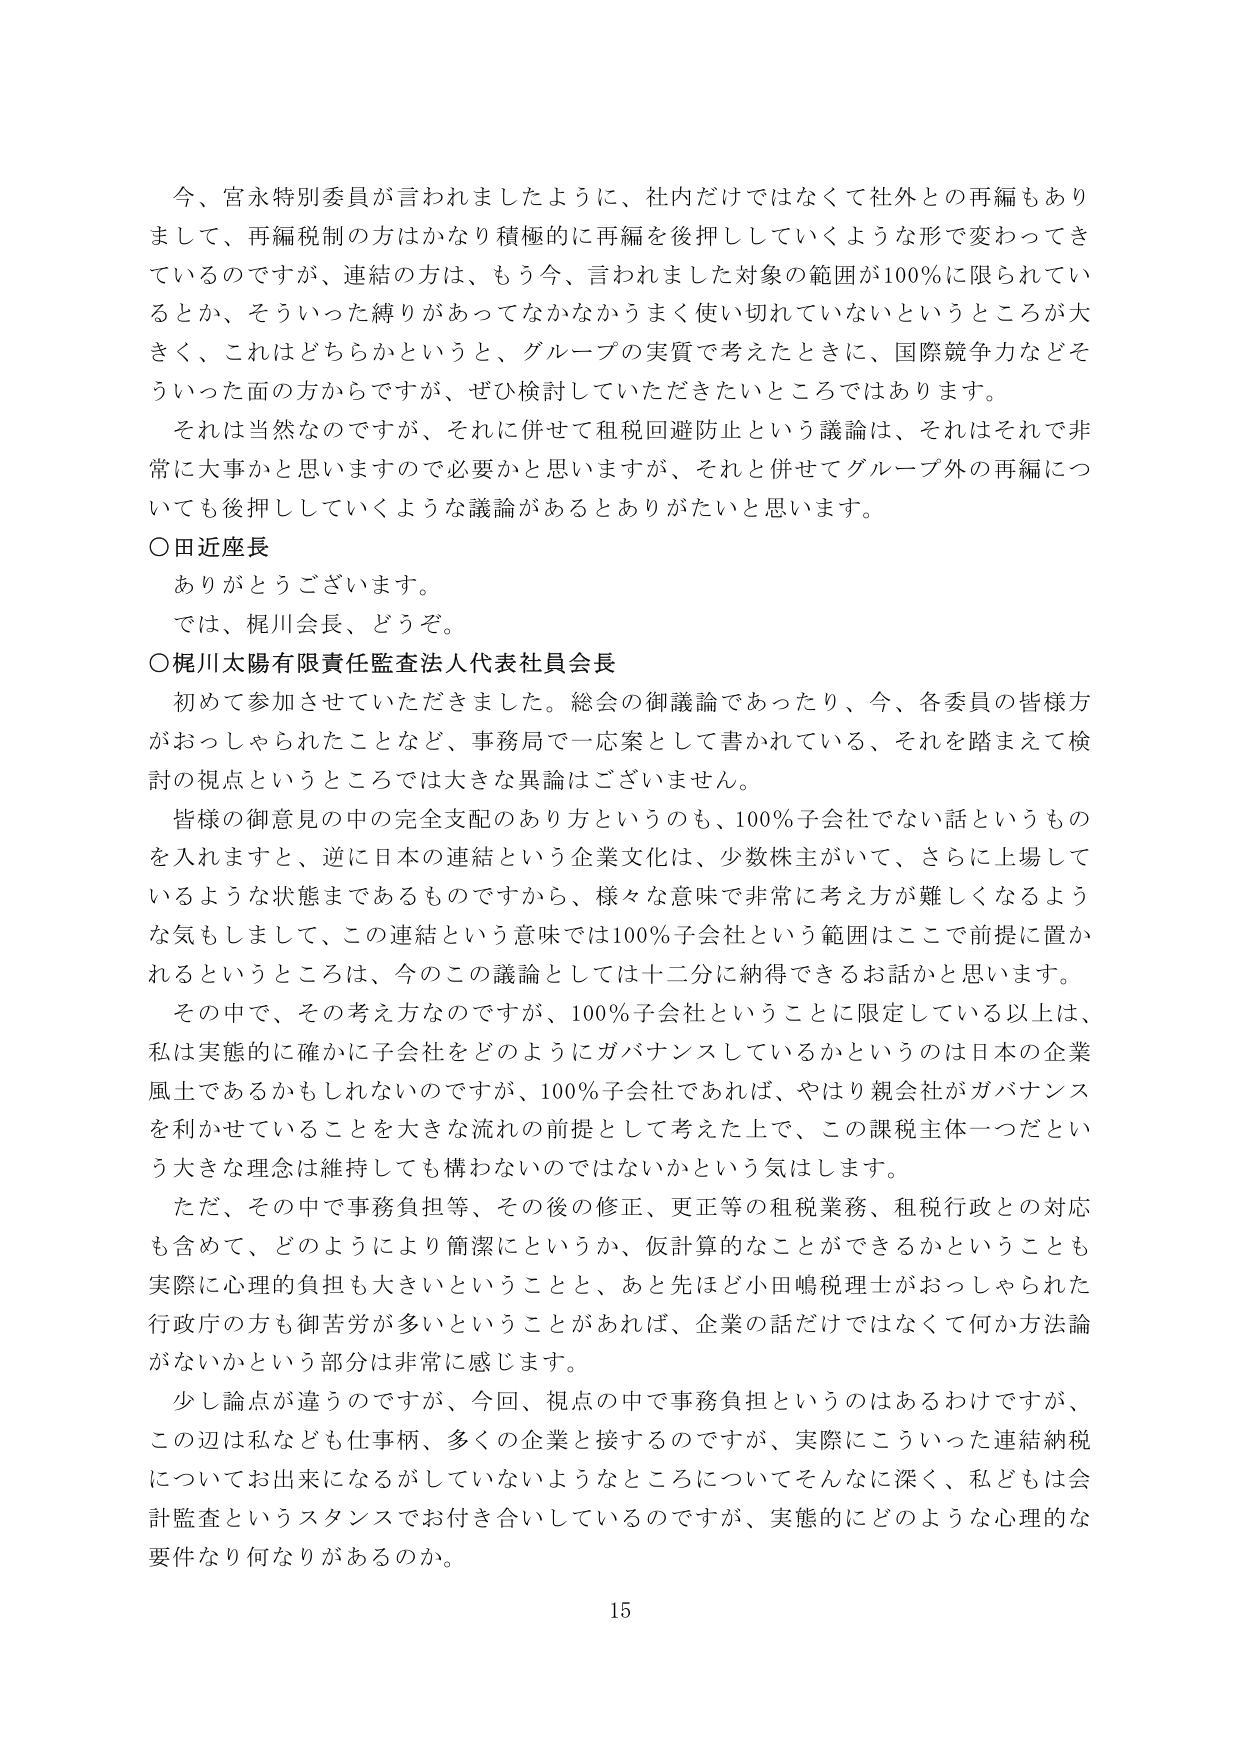
今、宮永特別委員が言われましたように、社内だけではなくて社外との再編もありまして、再編税制の方はかなり積極的に再編を後押ししていくような形で変わってきたのですが、連結の方は、もう今、言われました対象の範囲が100％に限られているとか、そういった縛りがあってなかなかうまく使い切れていないというところが大きく、これはどちらかというと、グループの実質で考えたときに、国際競争力などそういった面の方からですが、ぜひ検討していただきたいところではあります。

それは当然なのですが、それに併せて租税回避防止という議論は、それはそれで非常に大事かと思いますので必要かと思いますが、それと併せてグループ外の再編についても後押ししていくような議論があるとありがたいと思います。

○田近座長
ありがとうございます。
では、梶川会長、どうぞ。

○梶川太陽有限責任監査法人代表社員会長
初めて参加させていただきました。総会の御議論であったり、今、各委員の皆様方がおっしゃられたことなど、事務局で一応案として書かれている、それを踏まえて検討の視点というところでは大きな異論はございません。

皆様の御意見の中の完全支配のあり方というのも、100％子会社でない話というものを入れますと、逆に日本の連結という企業文化は、少数株主がいて、さらに上場しているような状態まであるものですから、様々な意味で非常に考え方が難しくなるような気もしまして、この連結という意味では100％子会社という範囲はここで前提に置かれるというところは、今のこの議論としては十二分に納得できるお話かと思います。

その中で、その考え方なのですが、100％子会社ということに限定している以上は、私は実態的に確かに子会社をどのようにガバナンスしているかというのは日本の企業風土であるかもしれないのですが、100％子会社であれば、やはり親会社がガバナンスを利かせていることを大きな流れの前提として考えた上で、この課税主体一つだという大きな理念は維持しても構わないのではないかという気はします。

ただ、その中で事務負担等、その後の修正、更正等の租税業務、租税行政との対応も含めて、どのようにより簡潔にというか、仮計算のことができるかということも実際に心理的負担も大きいということと、あと先ほど小田嶋税理士がおっしゃられた行政庁の方も御苦労が多いということがあれば、企業の話だけではなくて何か方法論がないかという部分は非常に感じます。

少し論点が違うのですが、今回、視点の中で事務負担というのはあるわけですが、この辺は私なども仕柄、多くの企業と接するのですが、実際にこういった連結納税についてお出来になるがしていないようなところについてそんなに深く、私どもは会計監査というスタンスでお付き合いしているのですが、実態的にどのような心理的な要件なり何なりがあるのか。

15